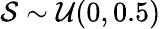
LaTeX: \mathcal{S}\sim\mathcal{U}(0,0.5)